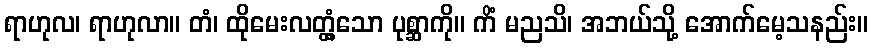
ရာဟုလ၊ ရာဟုလာ။ တံ၊ ထိုမေးလတ္တံ့သော ပုစ္ဆာကို။ ကိံ မညသိ၊ အဘယ်သို့ အောက်မေ့သနည်း။